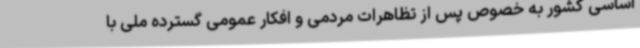
اساسی کشور به خصوص پس از تظاهرات مردمی و افکار عمومی گسترده ملی با